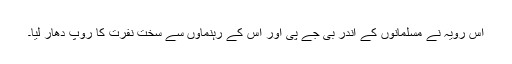
اس رویہ نے مسلمانوں کے اندر بی جے پی اور اس کے رہنماوں سے سخت نفرت کا روپ دھار لیا۔